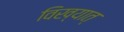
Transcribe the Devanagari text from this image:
विख्यात्